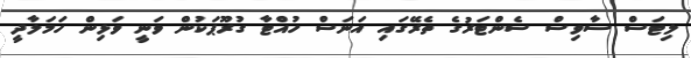
ލިޓަސް ސާވިސް ސެންޓަރުގެ ތެރޭގައި އަނަސް ހުއްޓާ ގުރޫޕަކުން ވަނީ ވަޅިން ހަމަލާދީ